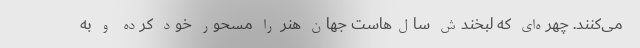
می‌کنند. چهره‌ای که لبخندش سال‌هاست جهان هنر را مسحور خود کرده و به